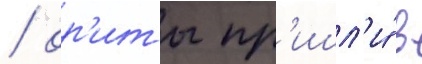
/ ор'иты пр'ишл'и́ в